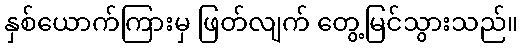
နှစ်ယောက်ကြားမှ ဖြတ်လျက် တွေ့မြင်သွားသည်။